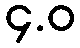
၄.ဝ